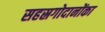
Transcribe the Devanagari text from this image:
सहस्रगोदानोंका